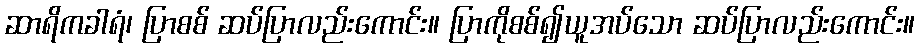
ဆာရိကခါရံ၊ ပြာစစ် ဆပ်ပြာလည်းကောင်း။ ပြာကိုစစ်၍ယူအပ်သော ဆပ်ပြာလည်းကောင်း။